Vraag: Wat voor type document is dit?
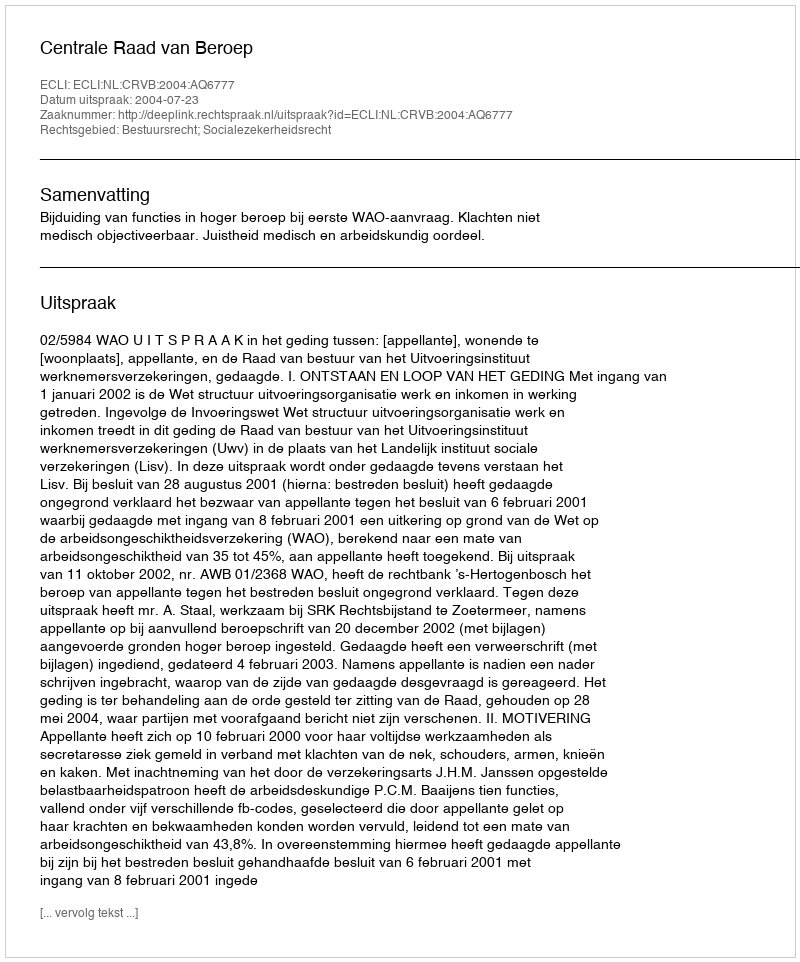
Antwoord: Uitspraak